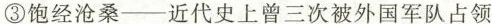
③饱经沧桑——近代史上曾三次被外国军队占领